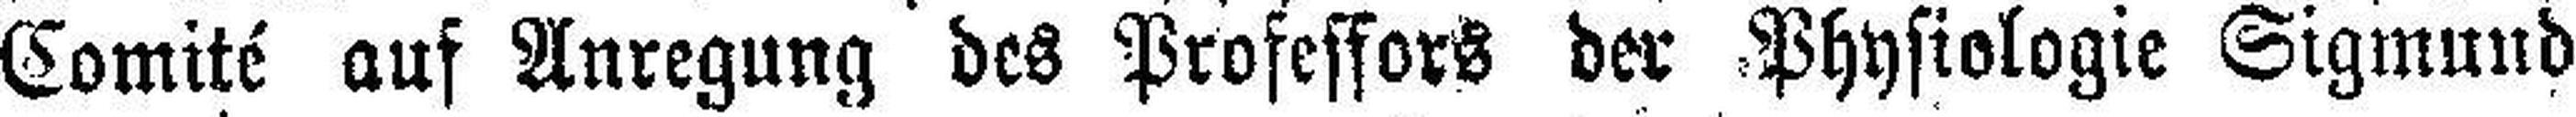
Comité auf Anregung des Professors der Physiologie Sigmund